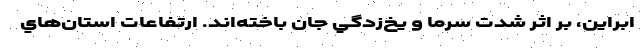
ابراين، بر اثر شدت سرما و يخ‌زدگي جان باخته‌اند. ارتفاعات استان‌هاي